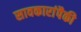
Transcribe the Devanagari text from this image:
सावकारांपैकी